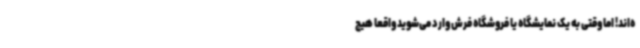
ه‌اند! اما وقتی به یک نمایشگاه یا فروشگاه فرش وارد می‌شوید واقعا هیچ